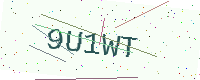
Text: 9U1WT